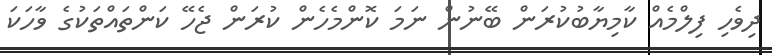
ދިވެހި ފިލްމެއް ކާމިޔާބުކުރަން ބޭނުން ނަމަ ކޮންމެހެން ކުރަން ޖެހޭ ކަންތައްތަކުގެ ވާހަކަ